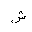
Letter: _shin